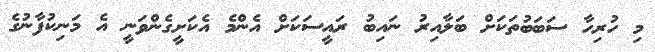
މި ހުރިހާ ސަބަބުތަކަށް ބަލާއިރު ނައިބު ރައީސަކަށް އެންމެ އެކަށީގެންވަނީ އެ މަނިކުފާނުގެ